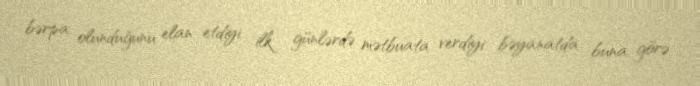
bərpa olunduğunu elan etdiyi ilk günlərdə mətbuata verdiyi bəyanatda buna görə